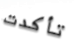
تأكدت